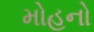
મોહનો